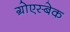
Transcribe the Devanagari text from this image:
ग्रोएस्बेक